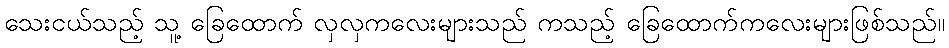
သေးငယ်သည့် သူ့ ခြေထောက် လှလှကလေးများသည် ကသည့် ခြေထောက်ကလေးများဖြစ်သည်။